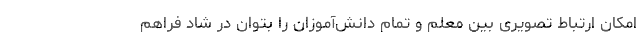
امکان ارتباط تصویری بین معلم و تمام دانش‌آموزان را بتوان در شاد فراهم